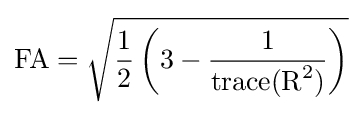
{\text{FA}}={\sqrt {{\frac {1}{2}}\left(3-{\frac {1}{{\text{trace}}({\text{R}}^{2})}}\right)}}